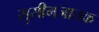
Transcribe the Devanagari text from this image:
सुसीमजातक